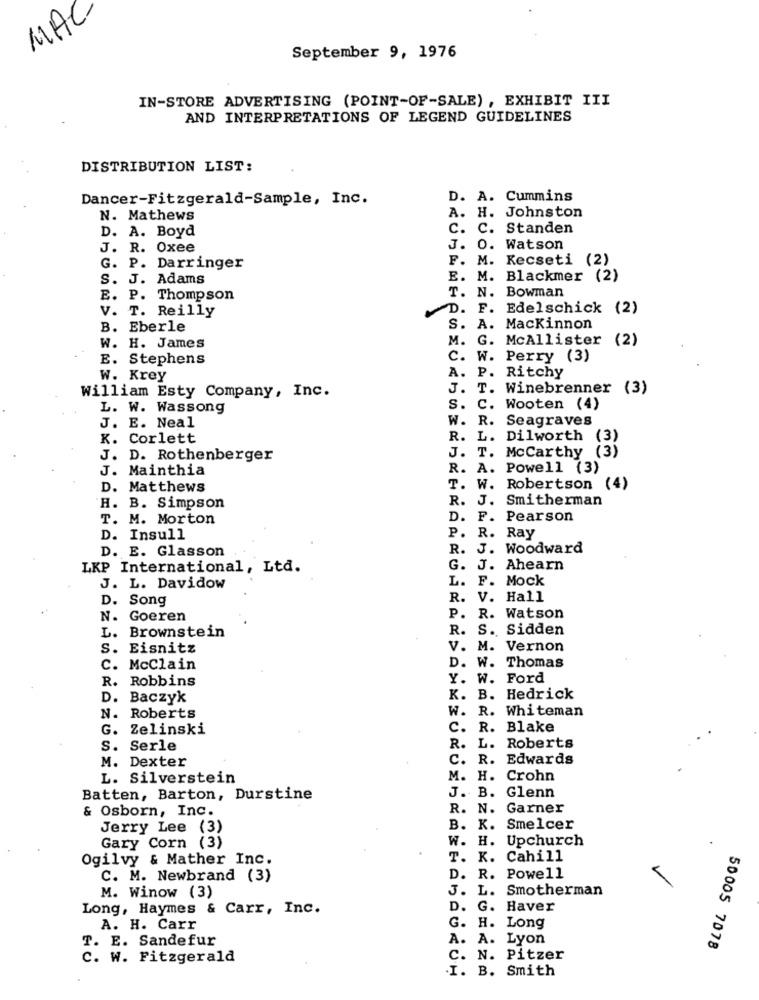
MAC
September 9, 1976
IN-STORE ADVERTISING (POINT-OF-SALE) , EXHIBIT III
AND INTERPRETATIONS OF LEGEND GUIDELINES
DISTRIBUTION LIST:
Dancer-Fitzgerald-Sample, Inc.
D. A. Cummins
N. Mathews
A. H. Johnston
D. A. Boyd
C. C. Standen
J. R. Oxee
J. O. Watson
F. M. Kecseti (2)
G. P. Darringer
S. J. Adams
E. M. Blackmer (2)
E. P. Thompson
T. N. Bowman
V. T. Reilly
D. F. Edelschick (2)
B. Eberle
S. A. Mackinnon
M. G. McAllister (2)
W. H. James
E. Stephens
C. W. Perry (3)
Ritchy
W. Krey
A. P.
William Esty Company, Inc.
J. T. Winebrenner (3)
L. W. Wassong
S. C. Wooten (4)
J. E. Neal
W. R. Seagraves
K.
Corlett
R. L. Dilworth
(3)
J. T. Mccarthy (3)
J. D. Rothenberger
J. Mainthia
R. A. Powell (3)
D. Matthews
T. W. Robertson (4)
R. J. Smitherman
H. B. Simpson
T. M. Morton
D.
F.
Pearson
R.
Ray
D. Insull
P.
D. E. Glasson
R.
J.
Woodward
LKP International, Ltd.
G. J. Ahearn
L. F. Mock
J. L. Davidow
D. Song
R. V. Hall
N. Goeren
P. R. Watson
L. Brownstein
R. S. Sidden
S. Eisnitz
V. M. Vernon
C. McClain
D. W. Thomas
R. Robbins
Y. W. Ford
D. Baczyk
K. B. Hedrick
W. R. Whiteman
N. Roberts
G. Zelinski
C. R. Blake
S. Serle
R. L.
Roberts
C. R.
Edwards
M. Dexter
L. Silverstein
M. H. Crohn
Batten, Barton, Durstine
J. B. Glenn
& Osborn, Inc.
R. N.
Garner
Jerry Lee (3)
B. K. Smelcer
Gary Corn (3)
W. H. Upchurch
Ogilvy & Mather Inc.
T. K. Cahill
C. M. Newbrand (3)
D. R. Powell
J. L. Smotherman
M. Winow (3)
Long, Haymes & Carr, Inc.
D. G. Haver
G.
A. H. Carr
H. Long
T. E. Sandefur
A. A.
Lyon
50005 7078
C. W. Fitzgerald
C.
N.
Pitzer
I. B. Smith